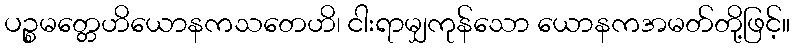
ပဉ္စမတ္တေဟိယောနကသတေဟိ၊ ငါးရာမျှကုန်သော ယောနကအမတ်တို့ဖြင့်။